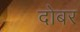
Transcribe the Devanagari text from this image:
दोबर